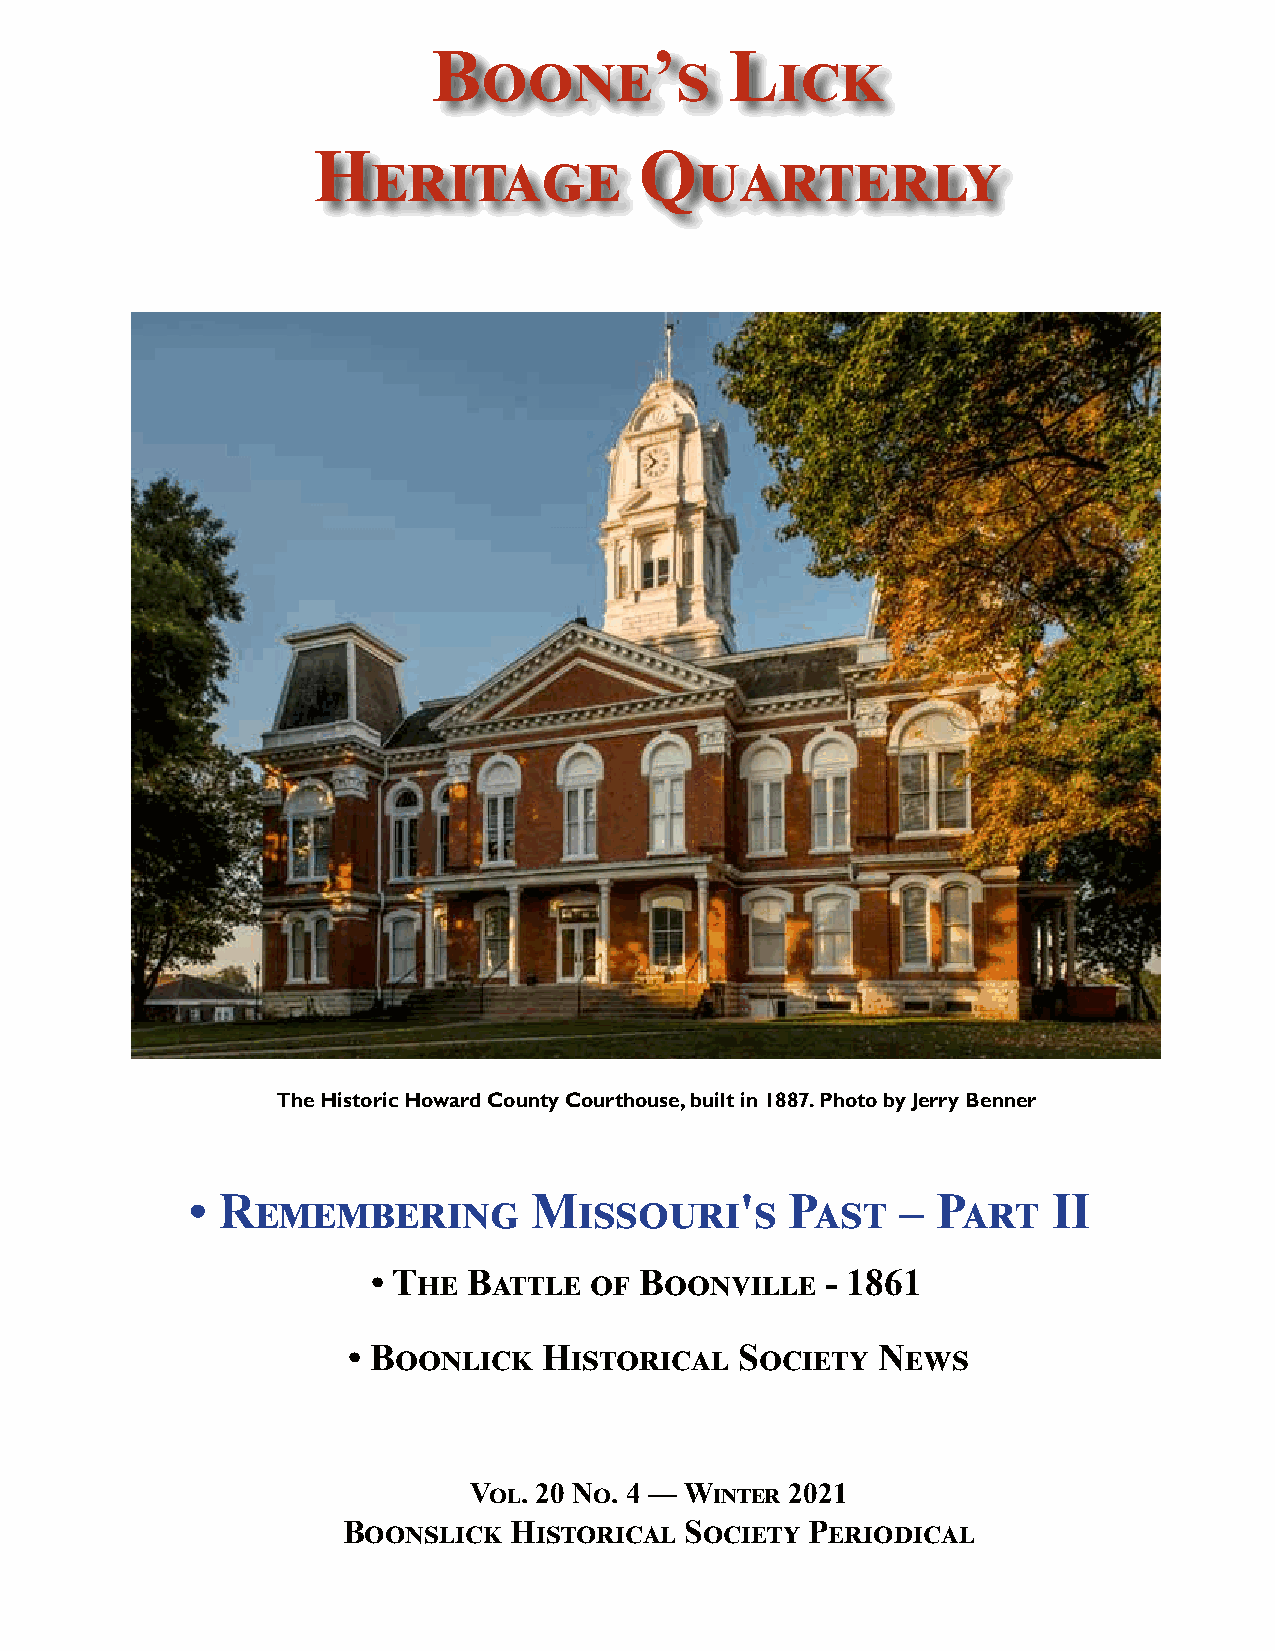
Boone’s            Lick
 Heritage             Quarterly
 The Historic Howard County Courthouse, built in 1887. Photo by Jerry Benner
 • Remembering          Missouri's       Past    – Part    II
 • The Battle  of Boonville    - 1861
 • Boonlick   Historical   Society  News
 Vol. 20 No. 4 — Winter 2021
 Boonslick  Historical Society  Periodical